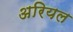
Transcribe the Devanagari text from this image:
अरियल